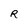
Character: R